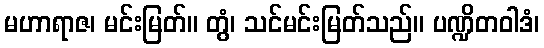
မဟာရာဇ၊ မင်းမြတ်။ တွံ၊ သင်မင်းမြတ်သည်။ ပဏ္ဍိတဝါဒံ၊